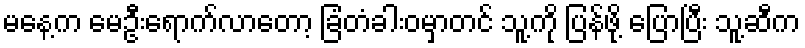
မနေ့က မေဦးရောက်လာတော့ ခြံတံခါးဝမှာတင် သူ့ကို ပြန်ဖို့ ပြောပြီး သူ့ဆီက